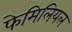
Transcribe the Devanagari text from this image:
फेमिलियल